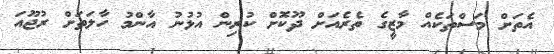
އެތަށް މަސްތަކެއް މާޒީގެ ތެރެއަށް ދޫކޮށް ކުރިން އުޅުނު އާންމު ހާލަތަށް ރުޖޫއަ